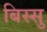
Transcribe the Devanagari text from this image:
बिस्सु